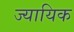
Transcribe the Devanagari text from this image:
ज्यायिक